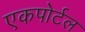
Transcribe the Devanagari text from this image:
एकपोर्टल